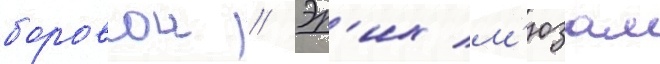
боровои // Эр'их м'юзам